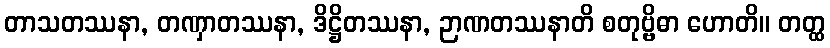
တာသတဿနာ, တဏှာတဿနာ, ဒိဋ္ဌိတဿနာ, ဉာဏတဿနာတိ စတုဗ္ဗိဓာ ဟောတိ။ တတ္ထ